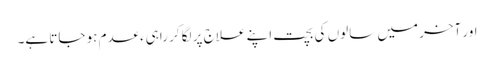
اور آخر میں سالوں کی بچت اپنے علاج پر لگا کر راہیءعدم ہو جاتا ہے۔